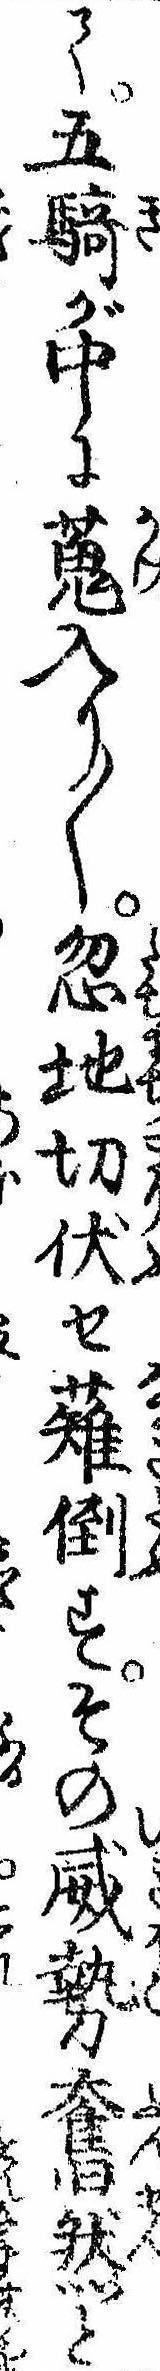
て五騎が中に蒐入り〱忽地切伏せ薙倒すその威勢奮然と